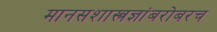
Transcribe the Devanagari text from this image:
मानसशास्त्रज्ञांबरोबरच